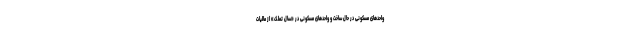
واحدهای مسکونی در حال ساخت و واحدهای مسکونی در «سال تملک» از مالیات